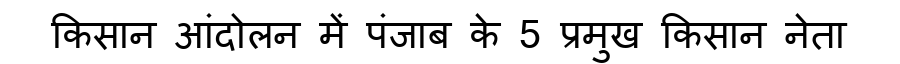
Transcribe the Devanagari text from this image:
किसान आंदोलन में पंजाब के 5 प्रमुख किसान नेता